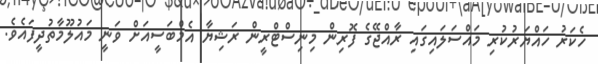
ހެކަރު ހައްޔަރުކުރި މައްސަލައިގައި ރާއްޖޭގެ ފޮރިން މިނިސްޓްރީން ރަޝިޔާ އެމްބަސީއަށް ވަނީ މައުލޫމާތުދީފައެވެ.